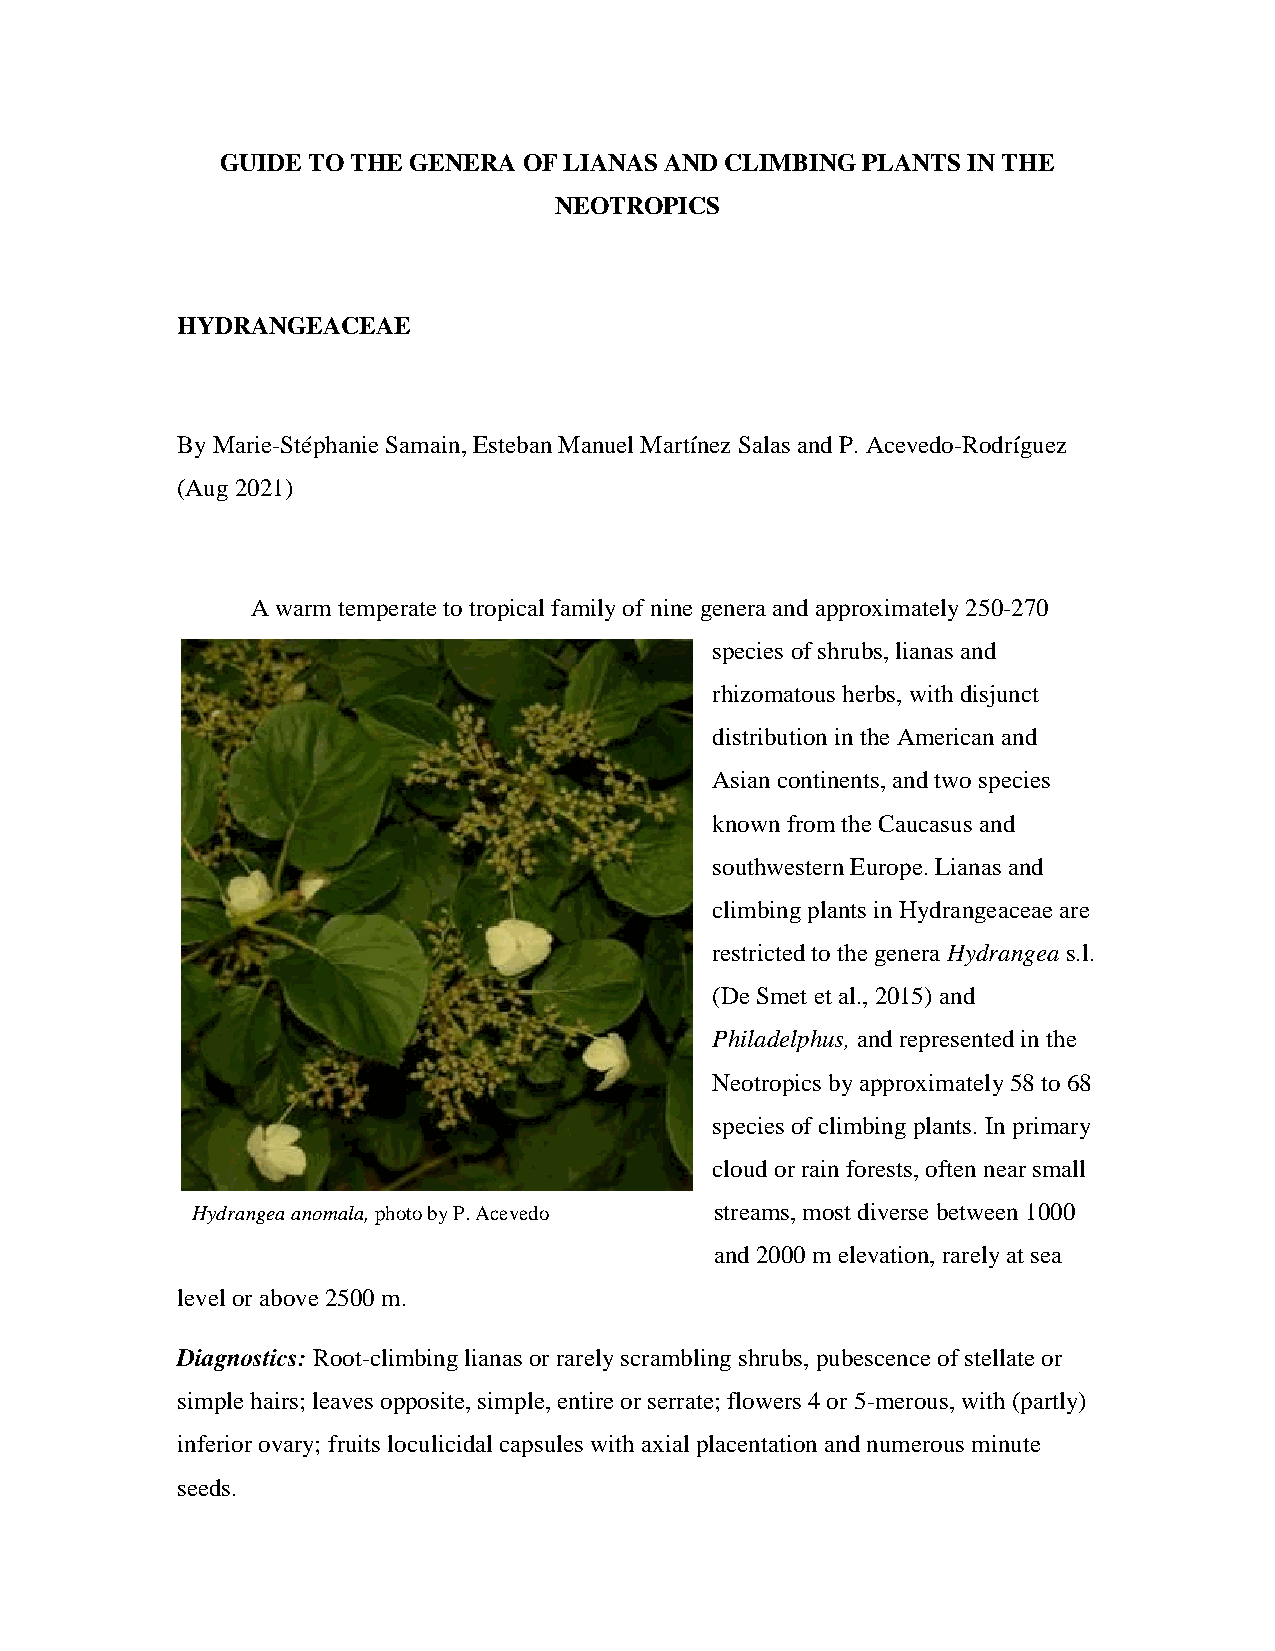
GUIDE TO THE GENERA OF LIANAS AND CLIMBING PLANTS IN THE
 NEOTROPICS
 HYDRANGEACEAE
 By Marie-Stéphanie Samain,Esteban Manuel Martínez Salas and P. Acevedo-Rodríguez
 (Aug 2021)
 Awarmtemperate to tropical family of nine genera and approximately 250-270
 species ofshrubs, lianas and
 rhizomatous herbs, with disjunct
 distribution in theAmericanand
 Asian continents, and two species
 known from the Caucasus and
 southwestern Europe. Lianas and
 climbing plants in Hydrangeaceae are
 restricted to the genera Hydrangea s.l.
 (De Smet et al., 2015) and
 Philadelphus,and represented in the
 Neotropics byapproximately58to 68
 speciesof climbing plants. In primary
 cloud or rain forests, often near small
 Hydrangea anomala,photo by P. Acevedo streams, most diverse between 1000
 and 2000 m elevation, rarely at sea
 level or above2500m.
 Diagnostics:Root-climbing lianas or rarely scrambling shrubs, pubescence of stellate or
 simple hairs; leaves opposite, simple, entire or serrate; flowers 4 or5-merous, with (partly)
 inferior ovary; fruits loculicidal capsules with axial placentation and numerous minute
 seeds.